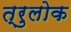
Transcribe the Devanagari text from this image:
त्रुलोक